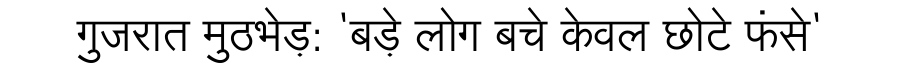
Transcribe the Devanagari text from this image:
गुजरात मुठभेड़: 'बड़े लोग बचे केवल छोटे फंसे'